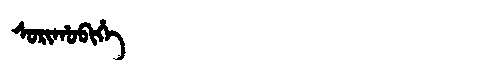
Manchu: ᠰᠣᡵᡳᡥᠣᠪᡳᡥᡝ
Romanization: SORIHOBIHE